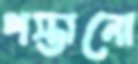
পস্তানো